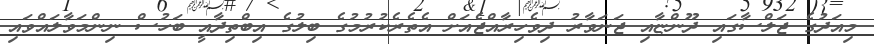
މިއަދުގެ ޖަލްސާގައި ދޫންޏާއި ޖަނަވާރު ދިވެހިރާއްޖެއަށް އެތެރެކުރުމުގެ ބިލުގެ އިބްތިދާއީ ބަހުސް ނިންމަވާލައްވައި